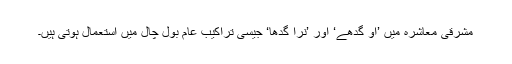
مشرقی معاشرہ میں ’او گدھے‘ اور ’نرا گدھا‘ جیسی تراکیب عام بول چال میں استعمال ہوتی ہیں۔